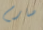
صارم